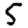
Digit: 5